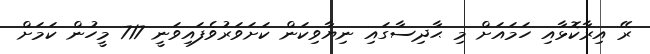
ރޭ އިރާކޮޅާއި ހަމައަށް މި ޙާދިސާގައި ނިޔާވިކަން ކަށަވަރުވެފައިވަނީ 717 މީހުން ކަމަށް